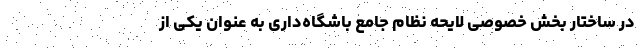
در ساختار بخش خصوصی لایحه نظام جامع باشگاه‌داری به ‌عنوان یکی از